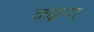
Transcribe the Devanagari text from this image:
कइना